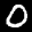
Label: 0